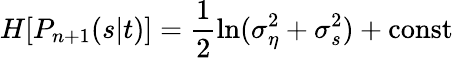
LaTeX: H[P_{n+1}(s|t)]=\frac{1}{2}\ln(\sigma_{\eta}^{2}+\sigma_{s}^{2})+\mathrm{const}